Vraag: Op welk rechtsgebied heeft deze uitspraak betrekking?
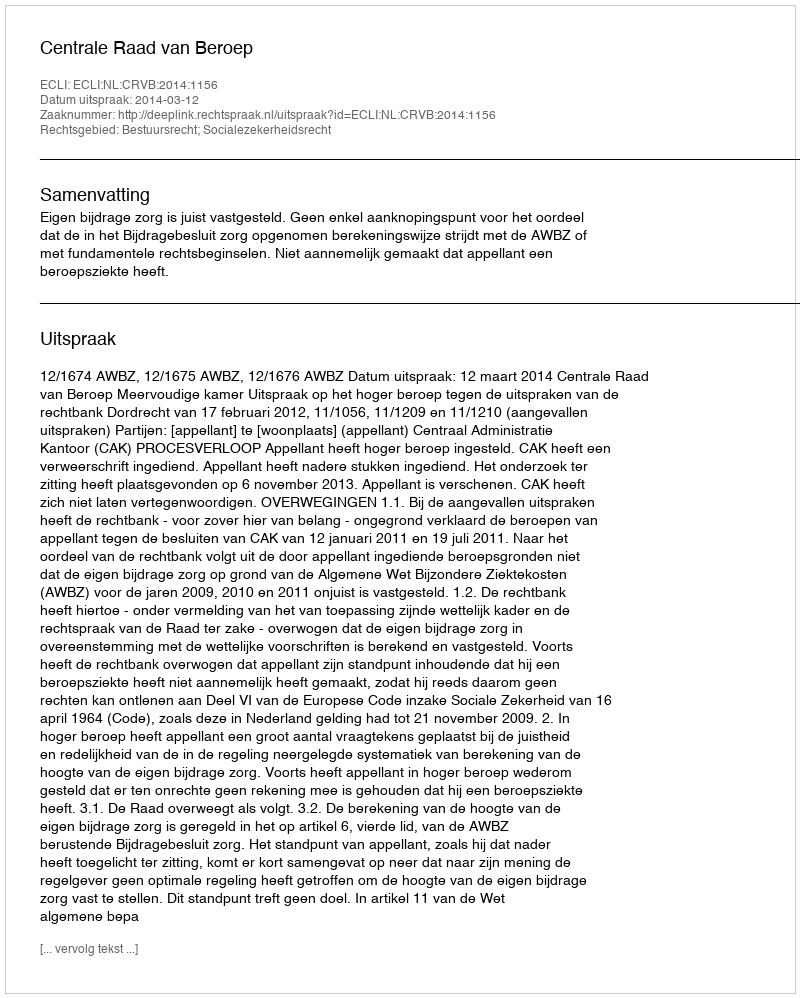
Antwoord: Bestuursrecht; Socialezekerheidsrecht